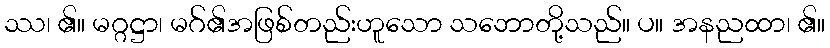
ဿ၊ ၏။ မဂ္ဂဋ္ဌာ၊ မဂ်၏အဖြစ်တည်းဟူသော သဘောတို့သည်။ ပ။ အနညထာ၊ ၏။